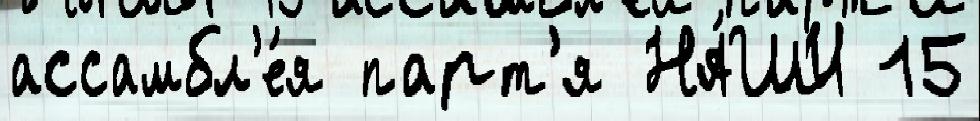
ассамбл'е́я парт'я НА́ШИ 15